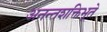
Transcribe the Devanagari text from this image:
अनन्तशक्तिभूते